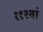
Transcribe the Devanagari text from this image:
११२वां